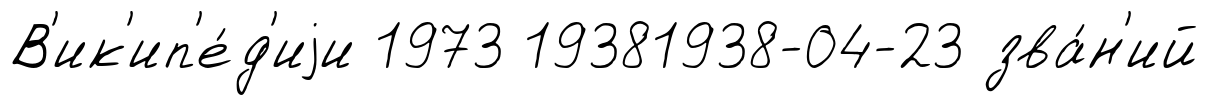
В'ик'ип'е́д'иjи 1973 19381938-04-23 зва́н'ий